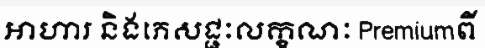
អាហារ និងភេសជ្ជៈលក្ខណៈ Premiumពី